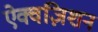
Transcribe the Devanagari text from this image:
ऐक्वज़िशन